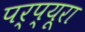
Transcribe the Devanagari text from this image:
पर्प्यूरा